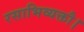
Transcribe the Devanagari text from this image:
रसाभिव्यक्तौ।